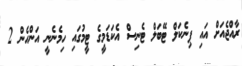
ރާއްޖެއަށް އައި ޕިނެކަލް ޓޭބަލް ޓެނިސް އެކަޑަމީގެ ޓީމުގައި ހިމެނެނީ އަންހެން 2